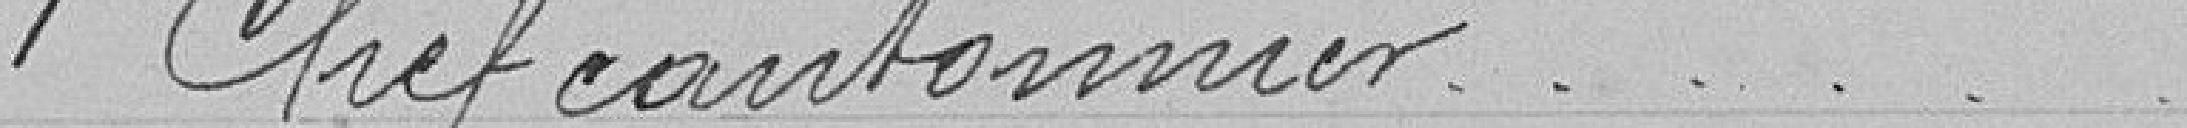
1 Chef cantonnier